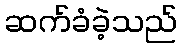
ဆက်ခံခဲ့သည်